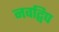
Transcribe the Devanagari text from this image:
नवद्विप